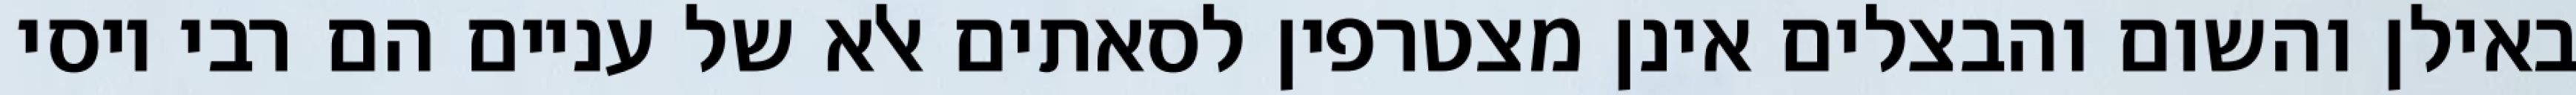
באילן והשום והבצלים אינן מצטרפין לסאתים אלא של עניים הם רבי יוסי